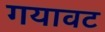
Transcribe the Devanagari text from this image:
गयावट